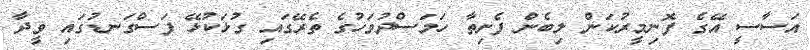
އަސާސީ އޭގެ ފޮނިމީރުކަން ލިބެން ފެށިތާ ހަމަސްދުވަހުގެ ތެރޭގައި ގުޅަކުޅޭ ފަސްގަނޑުގައި ވީދާ